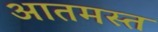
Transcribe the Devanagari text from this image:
आतमस्त